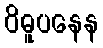
ဝိဓူပနေန